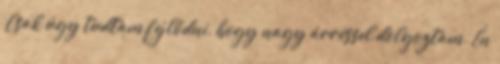
„Csak úgy tudtam fejlődni, hogy nagy árréssel dolgoztam. Én